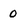
Character: 0